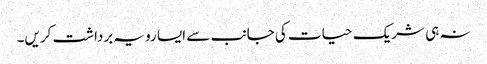
نہ ہی شریک حیات کی جانب سے ایسا رویہ برداشت کریں۔